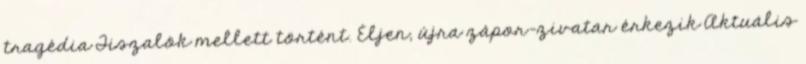
tragédia Tiszalök mellett történt. Éljen, újra zápor-zivatar érkezik Aktuális